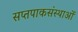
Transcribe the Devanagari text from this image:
सप्तपाकसंस्थाओं